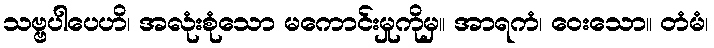
သဗ္ဗပါပေဟိ၊ အလုံးစုံသော မကောင်းမှုကိုမှ။ အာရကံ၊ ဝေးသော။ တံမံ၊